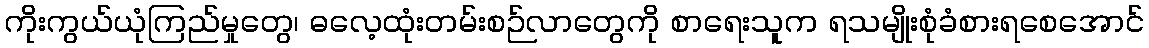
ကိုးကွယ်ယုံကြည်မှုတွေ၊ ဓလေ့ထုံးတမ်းစဉ်လာတွေကို စာရေးသူက ရသမျိုးစုံခံစားရစေအောင်